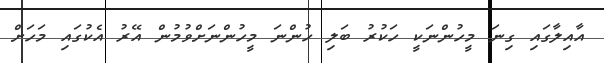
އާއިލާގައި ގިނަ މީހުންނަކީ ހަކުރު ބަލި ހުންނަ މީހުންނަށްވުމުން އޭރު އެކުގައި މަހަށް